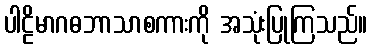
ပါဠိမာဂဓဘာသာစကားကို အသုံးပြုကြသည်။